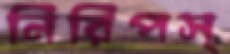
নিরিপস্